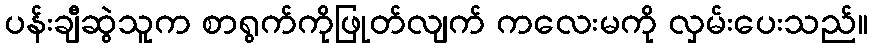
ပန်းချီဆွဲသူက စာရွက်ကိုဖြုတ်လျက် ကလေးမကို လှမ်းပေးသည်။